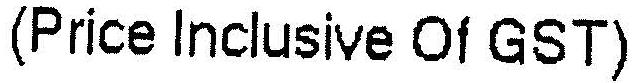
(PRICE INCLUSIVE OF GST)